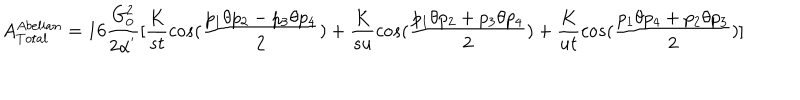
A _ { T o t a l } ^ { A b e l i a n } = 1 6 \frac { G _ { 0 } ^ { 2 } } { 2 \alpha ^ { ' } } [ \frac { K } { s t } c o s ( \frac { p _ { 1 } \theta p _ { 2 } - p _ { 3 } \theta p _ { 4 } } { 2 } ) + \frac { K } { s u } c o s ( \frac { p _ { 1 } \theta p _ { 2 } + p _ { 3 } \theta p _ { 4 } } { 2 } ) + \frac { K } { u t } c o s ( \frac { p _ { 1 } \theta p _ { 4 } + p _ { 2 } \theta p _ { 3 } } { 2 } ) ]